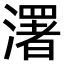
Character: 濖